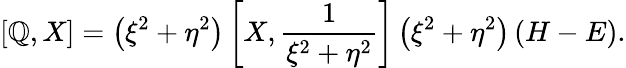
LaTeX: \left[\mathbb{Q},X\right]=\left(\xi^{2}+\eta^{2}\right)\left[X,\frac{{1}}{{\xi^{2}+\eta^{2}}}\right]\left(\xi^{2}+\eta^{2}\right)\left(H-E\right).